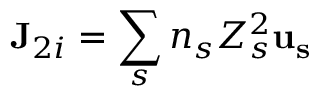
{ \bf { J } } _ { 2 i } = \sum _ { s } n _ { s } Z _ { s } ^ { 2 } { \bf { u _ { s } } }